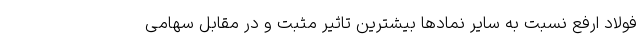
فولاد ارفع نسبت به سایر نمادها بیشترین تاثیر مثبت و در مقابل سهامی